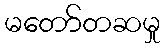
မတော်တဆမှု